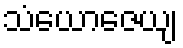
သံယောဇေယျ